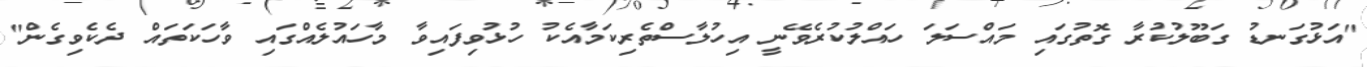
"އަޅުގަނޑު ގަބޫލުކުރާ ގޮތުގައި މައްސަލަ ހައްލުކުރެވޭނީ އިހުލާސްތެރިކަމާއެކު ހުޅުވިފައިވާ މާހައުލެއްގައި ވާހަކަތައް ދެކެވިގެން"